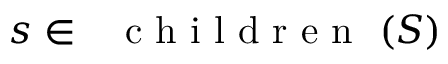
s \in \mathrm { ~ \normalfont ~ { ~ c ~ h ~ i ~ l ~ d ~ r ~ e ~ n ~ } ~ } ( S )